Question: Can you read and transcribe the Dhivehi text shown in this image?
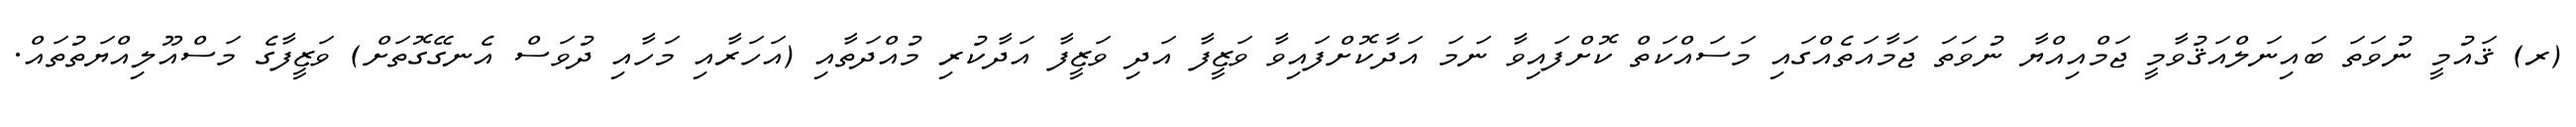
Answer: (ރ) ޤައުމީ ނުވަތަ ބައިނަލްއަޤުވާމީ ޖަމްއިއްޔާ ނުވަތަ ޖަމާއަތެއްގައި މަސައްކަތް ކޮށްފައިވާ ނަމަ އަދާކޮށްފައިވާ ވަޒީފާ އަދި ވަޒީފާ އަދާކުރި މުއްދަތާއި (އަހަރާއި މަހާއި ދުވަސް އެނގޭގޮތަށް) ވަޒީފާގެ މަސްއޫލިއްޔަތުތައް.